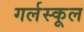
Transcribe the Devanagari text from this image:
गर्लस्कूल